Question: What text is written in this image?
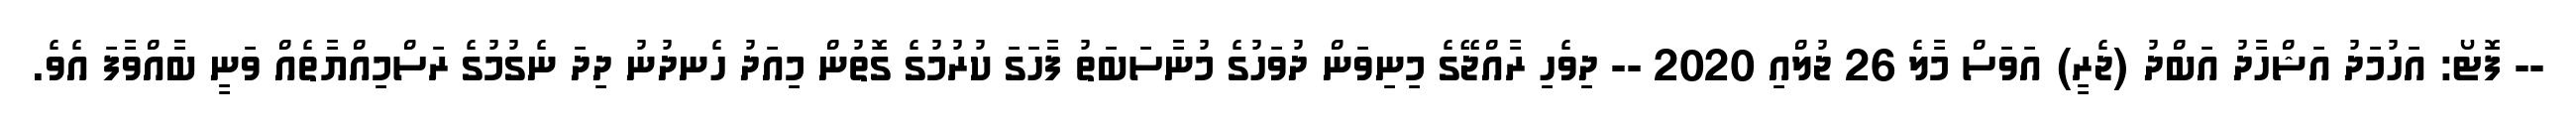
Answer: -- ފޮޓޯ: އަހުމަދު އަޝްހާދު އަބްދު (ޖެރީ) އަވަސް މާލެ 26 ޖުލްއި 2020 -- ދިވެހި ރާއްޖޭގެ މިނިވަން ދުވަހުގެ މުނާސަބަތު ފާހަގަ ކުރުމުގެ ގޮތުން މިއަދު ހެނދުނު ދިދަ ނެގުމުގެ ރަސްމިއްޔާތެއް ވަނީ ބާއްވާފަ އެވެ.